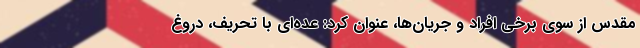
مقدس از سوی برخی افراد و جریان‌ها، عنوان کرد: عده‌ای با تحریف،‌ دروغ